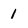
Character: 1